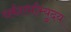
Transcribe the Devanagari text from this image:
धर्मशर्भाभ्युदय